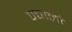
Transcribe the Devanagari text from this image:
पचालो